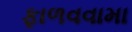
ફાળવવામા